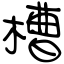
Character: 槽